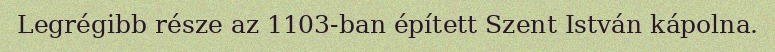
Legrégibb része az 1103-ban épített Szent István kápolna.